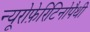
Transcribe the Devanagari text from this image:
न्यूरोफ़ेरिटिनोपैथी